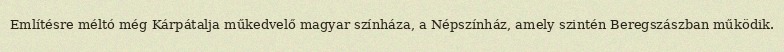
Említésre méltó még Kárpátalja műkedvelő magyar színháza, a Népszínház, amely szintén Beregszászban működik.